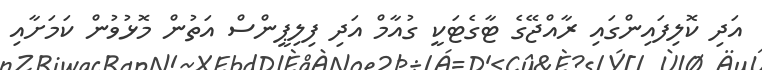
އަދި ކޮލިފައިންގައި ރާއްޖޭގެ ޓާގެޓަކީ ގުއާމް އަދި ފިލިޕީންސް އަތުން މޮޅުވުން ކަމަށާއި